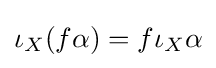
\iota _{X}(f\alpha )=f\iota _{X}\alpha